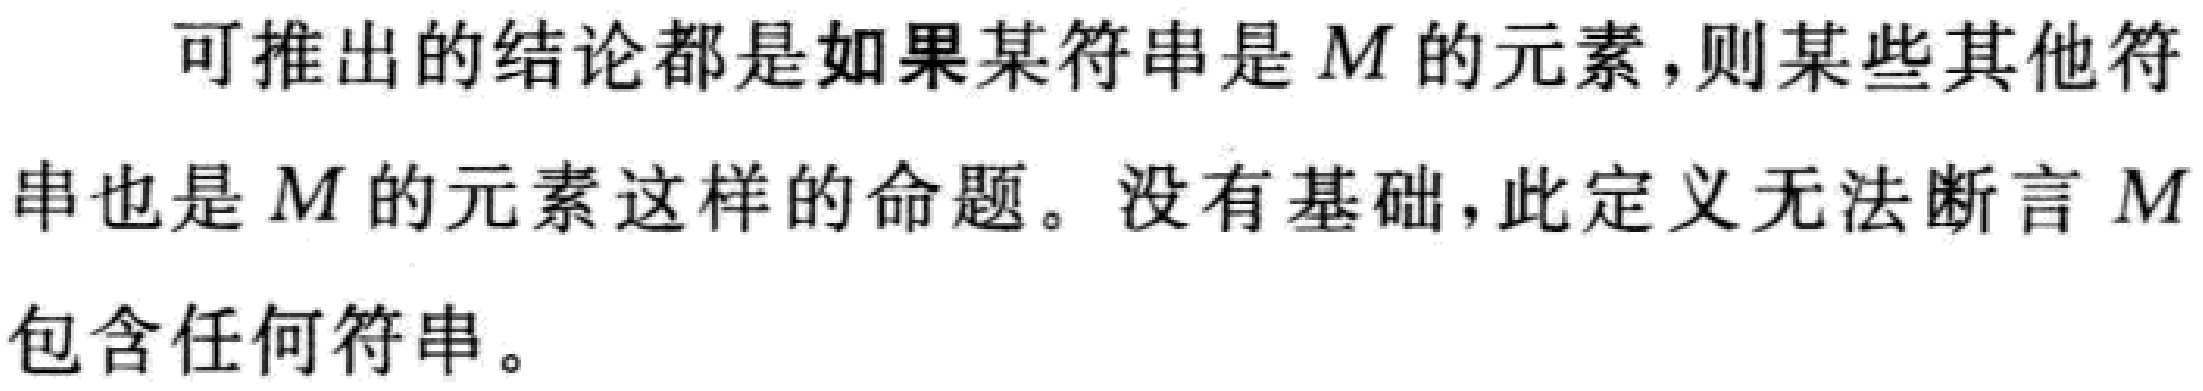
可推出的结论都是如果某符串是 \(M\) 的元素，则某些其他符串也是 \(M\) 的元素这样的命题。没有基础，此定义无法断言 \(M\) 包含任何符串。